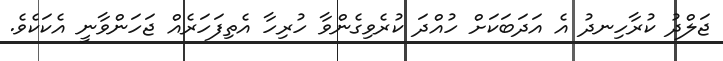
ޖަލްދު ކުރާހިނދު އެ އަދަބަކަށް ހުއްދަ ކުރެވިގެންވާ ހުރިހާ އެތިފަހަރެއް ޖަހަންވާނީ އެކަކެވެ.